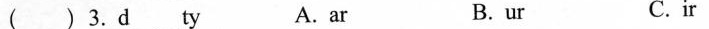
( ) 3.d___ ___ty A.ar B. ur C.ir